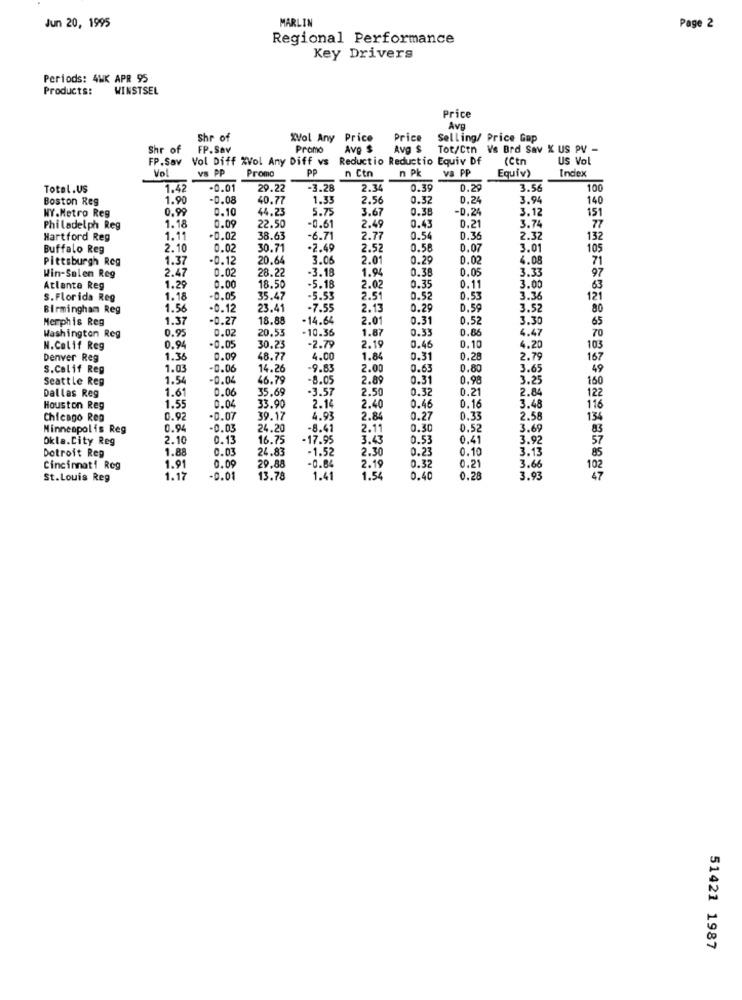
MARLIN
Jun 20, 1995
Page 2
Regional Performance
Key Drivers
Periods: 4WK APR 95
Products:
WINSTSEL
Price
Ava
Shr of
XVol Any Price
Price
Selling/ Price Gap
Shr of
FP.Sav
Promo
Avp $
Avg $
Tot/Ctn Vs Brd Sav K US PV -
FP.Sav Vol Diff %Vol Any Diff vs
Reductio Reductio Equiv Df
(Ctn
US Vol
Vol
PP
Index
vs PP Promo
n Ctn
n Pk
va PP
Equiv)
Total.US
1.42
-0.01
29.22
-3.28
2.34
0.3
0.29
3.56
100
Boston Reg
1.90
-0.08
40.77
1.33
2.56
0.3
0.24
3.94
140
NY.Metro Reg
0.99
0.10
44.23
5.75
3.67
0.38
-0.24
3.12
151
0.09
-0.61
0.43
3.74
Philadelph Reg
1.18
22.50
2.49
0.21
77
Hartford Reg
1.11
.0.02
38.63
-6.71
2.77
0.54
0.35
2.32
132
Buffalo Reg
2.10
0.02
30.71
-2.49
2.52
0.51
0.0
3.01
105
Pittsburgh Reg
1.37
-0.12
20.64
3.06
2.01
0.29
0.02
4.08
71
2.47
0.02
28.22
-3.18
1.94
0.38
0.05
3.33
97
Win-Solen Reg
0.11
Atlanta Reg
1.29
0.00
18.50
-5.18
2.02
0.35
3.00
63
S. Florida Reg
1.18
-0.05
35.47
-5.53
2.51
0.52
0.53
3.36
121
Birmingham Reg
1.56
-0.12
23.41
-7.55
2.13
0.2
D.5
3.52
80
Memphis Reg
1.37
-0.27
18.88
-14.64
2.01
0.31
0.52
3.30
65
0.9
0.0
20.53
-10.36
1.87
0.33
0.8
4.47
70
Washington Reg
0.46
N.Calif Reg
0.94
-0.05
30.23
-2.79
2.19
0.10
4.20
103
Denver Reg
1.36
0.09
48.77
4.00
1.84
0.31
0.28
2.79
167
S.Calif Reg
1.03
-0.06
14.26
-9.83
2.00
0.6
0.80
3.65
49
Seattle Reg
1.54
-0.0
46.79
-8.05
2.89
0.31
0.98
3.25
150
1.61
0.06
35.69
-3.57
2.50
0.3
0.21
2.84
122
Dallas Reg
Houston Reg
1.55
0.0
33.90
2.1
2.40
0.4
0.16
3.48
116
Chicago Reg
0.92
-0.07
39.17
4.93
2.84
0.27
0.33
2.58
136
Minneapolis Reg
0.94
-0.03
24.20
-8.41
2.11
0.30
0.52
3.69
83
Okla.City Reg
2.10
0.13
16.75
-17.95
3.43
0.53
0.41
3.92
57
1.88
0.03
24.83
-1.52
2.30
0.21
0.10
3.13
85
Dotroit Reg
0.09
-0.84
0.32
3.66
Cincinnati Reg
1.91
29.88
2.19
0.21
102
St.Louis Reg
1.17
-0.01
13.78
1.41
1.54
0.4
0.28
3.93
47
51421 1987